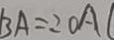
B A = 2 O A C